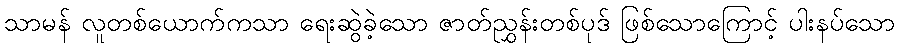
သာမန် လူတစ်ယောက်ကသာ ရေးဆွဲခဲ့သော ဇာတ်ညွှန်းတစ်ပုဒ် ဖြစ်သောကြောင့် ပါးနပ်သော